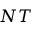
N T